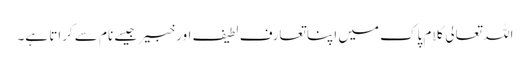
اللہ تعالی کلام پاک میں اپنا تعارف لطیف اور خبیر جیسے نام سے کراتا ہے۔